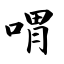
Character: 喟